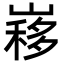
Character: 𡻣